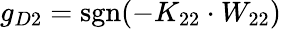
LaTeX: g_{D2}=\mathrm{sgn}(-K_{22}\cdot W_{22})